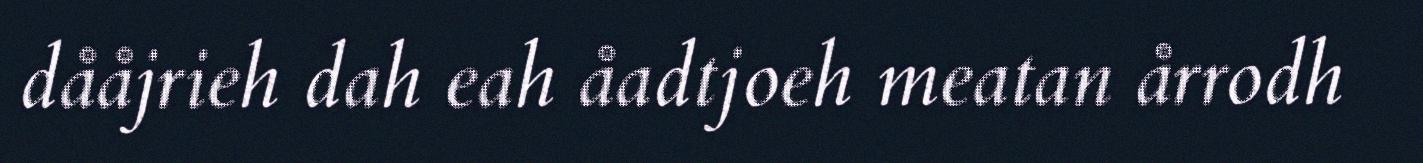
dååjrieh dah eah åadtjoeh meatan årrodh